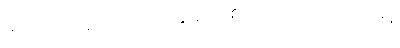
အကြင်ရဟန်းသည်လည်းရွာ၌ အစိမ်းအကြက်ကိုတရားနှင့်